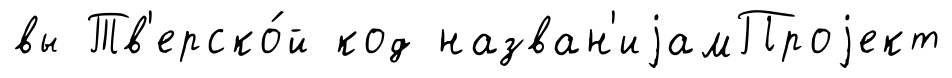
вы Тв'ерско́й код назван'иjамПроjект